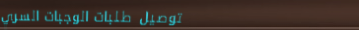
توصيل طلبات الوجبات السري